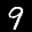
Digit: 9